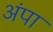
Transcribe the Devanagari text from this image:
अंपा